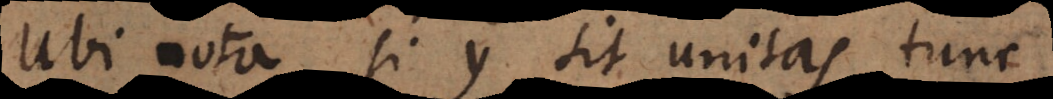
Ubi nota si y sit unitas tunc